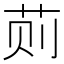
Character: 荝